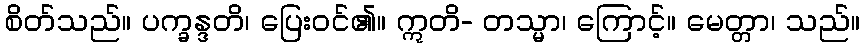
စိတ်သည်။ ပက္ခန္ဒတိ၊ ပြေးဝင်၏။ ဣတိ- တသ္မာ၊ ကြောင့်။ မေတ္တာ၊ သည်။